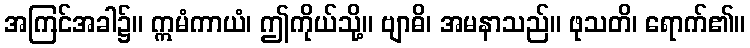
အကြင်အခါ၌။ ဣမံကာယံ၊ ဤကိုယ်သို့။ ဗျာဓိ၊ အမနာသည်။ ဖုသတိ၊ ရောက်၏။